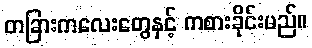
တခြားကလေးတွေနှင့် ကစားခိုင်းမည်။